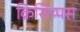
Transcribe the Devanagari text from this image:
क्रिसिप्पस